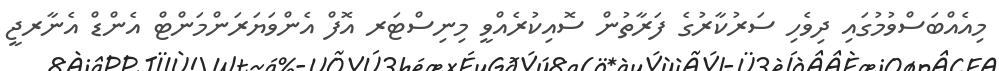
މިއެއްބަސްވުމުގައި ދިވެހި ސަރުކާރުގެ ފަރާތުން ސޮއިކުރެއްވީ މިނިސްޓަރ އޮފް އެންވަޔަރަންމަންޓް އެންޑް އެނާރޖީ